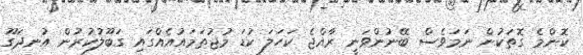
ކޮންމެ ގޮތަކުން ނަމަވެސް ބޭނުންވަނީ ރާއްޖެ ކަހަލަ ކުޑަ މުޖުތަމައުއެއްގައި ގަބޫލުކުރުން އުނދަގޫ